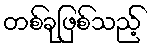
တစ်ခုဖြစ်သည့်